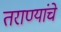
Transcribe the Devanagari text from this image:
तराण्यांचे